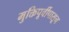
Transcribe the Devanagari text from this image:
मुक्तिपूर्वीपासून